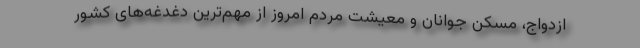
ازدواج، مسکن جوانان و معیشت مردم امروز از مهم‌ترین دغدغه‌های کشور